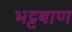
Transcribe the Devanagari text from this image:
भट्टबाण